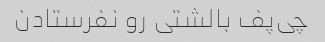
چی‌پف بالشتی رو نفرستادن